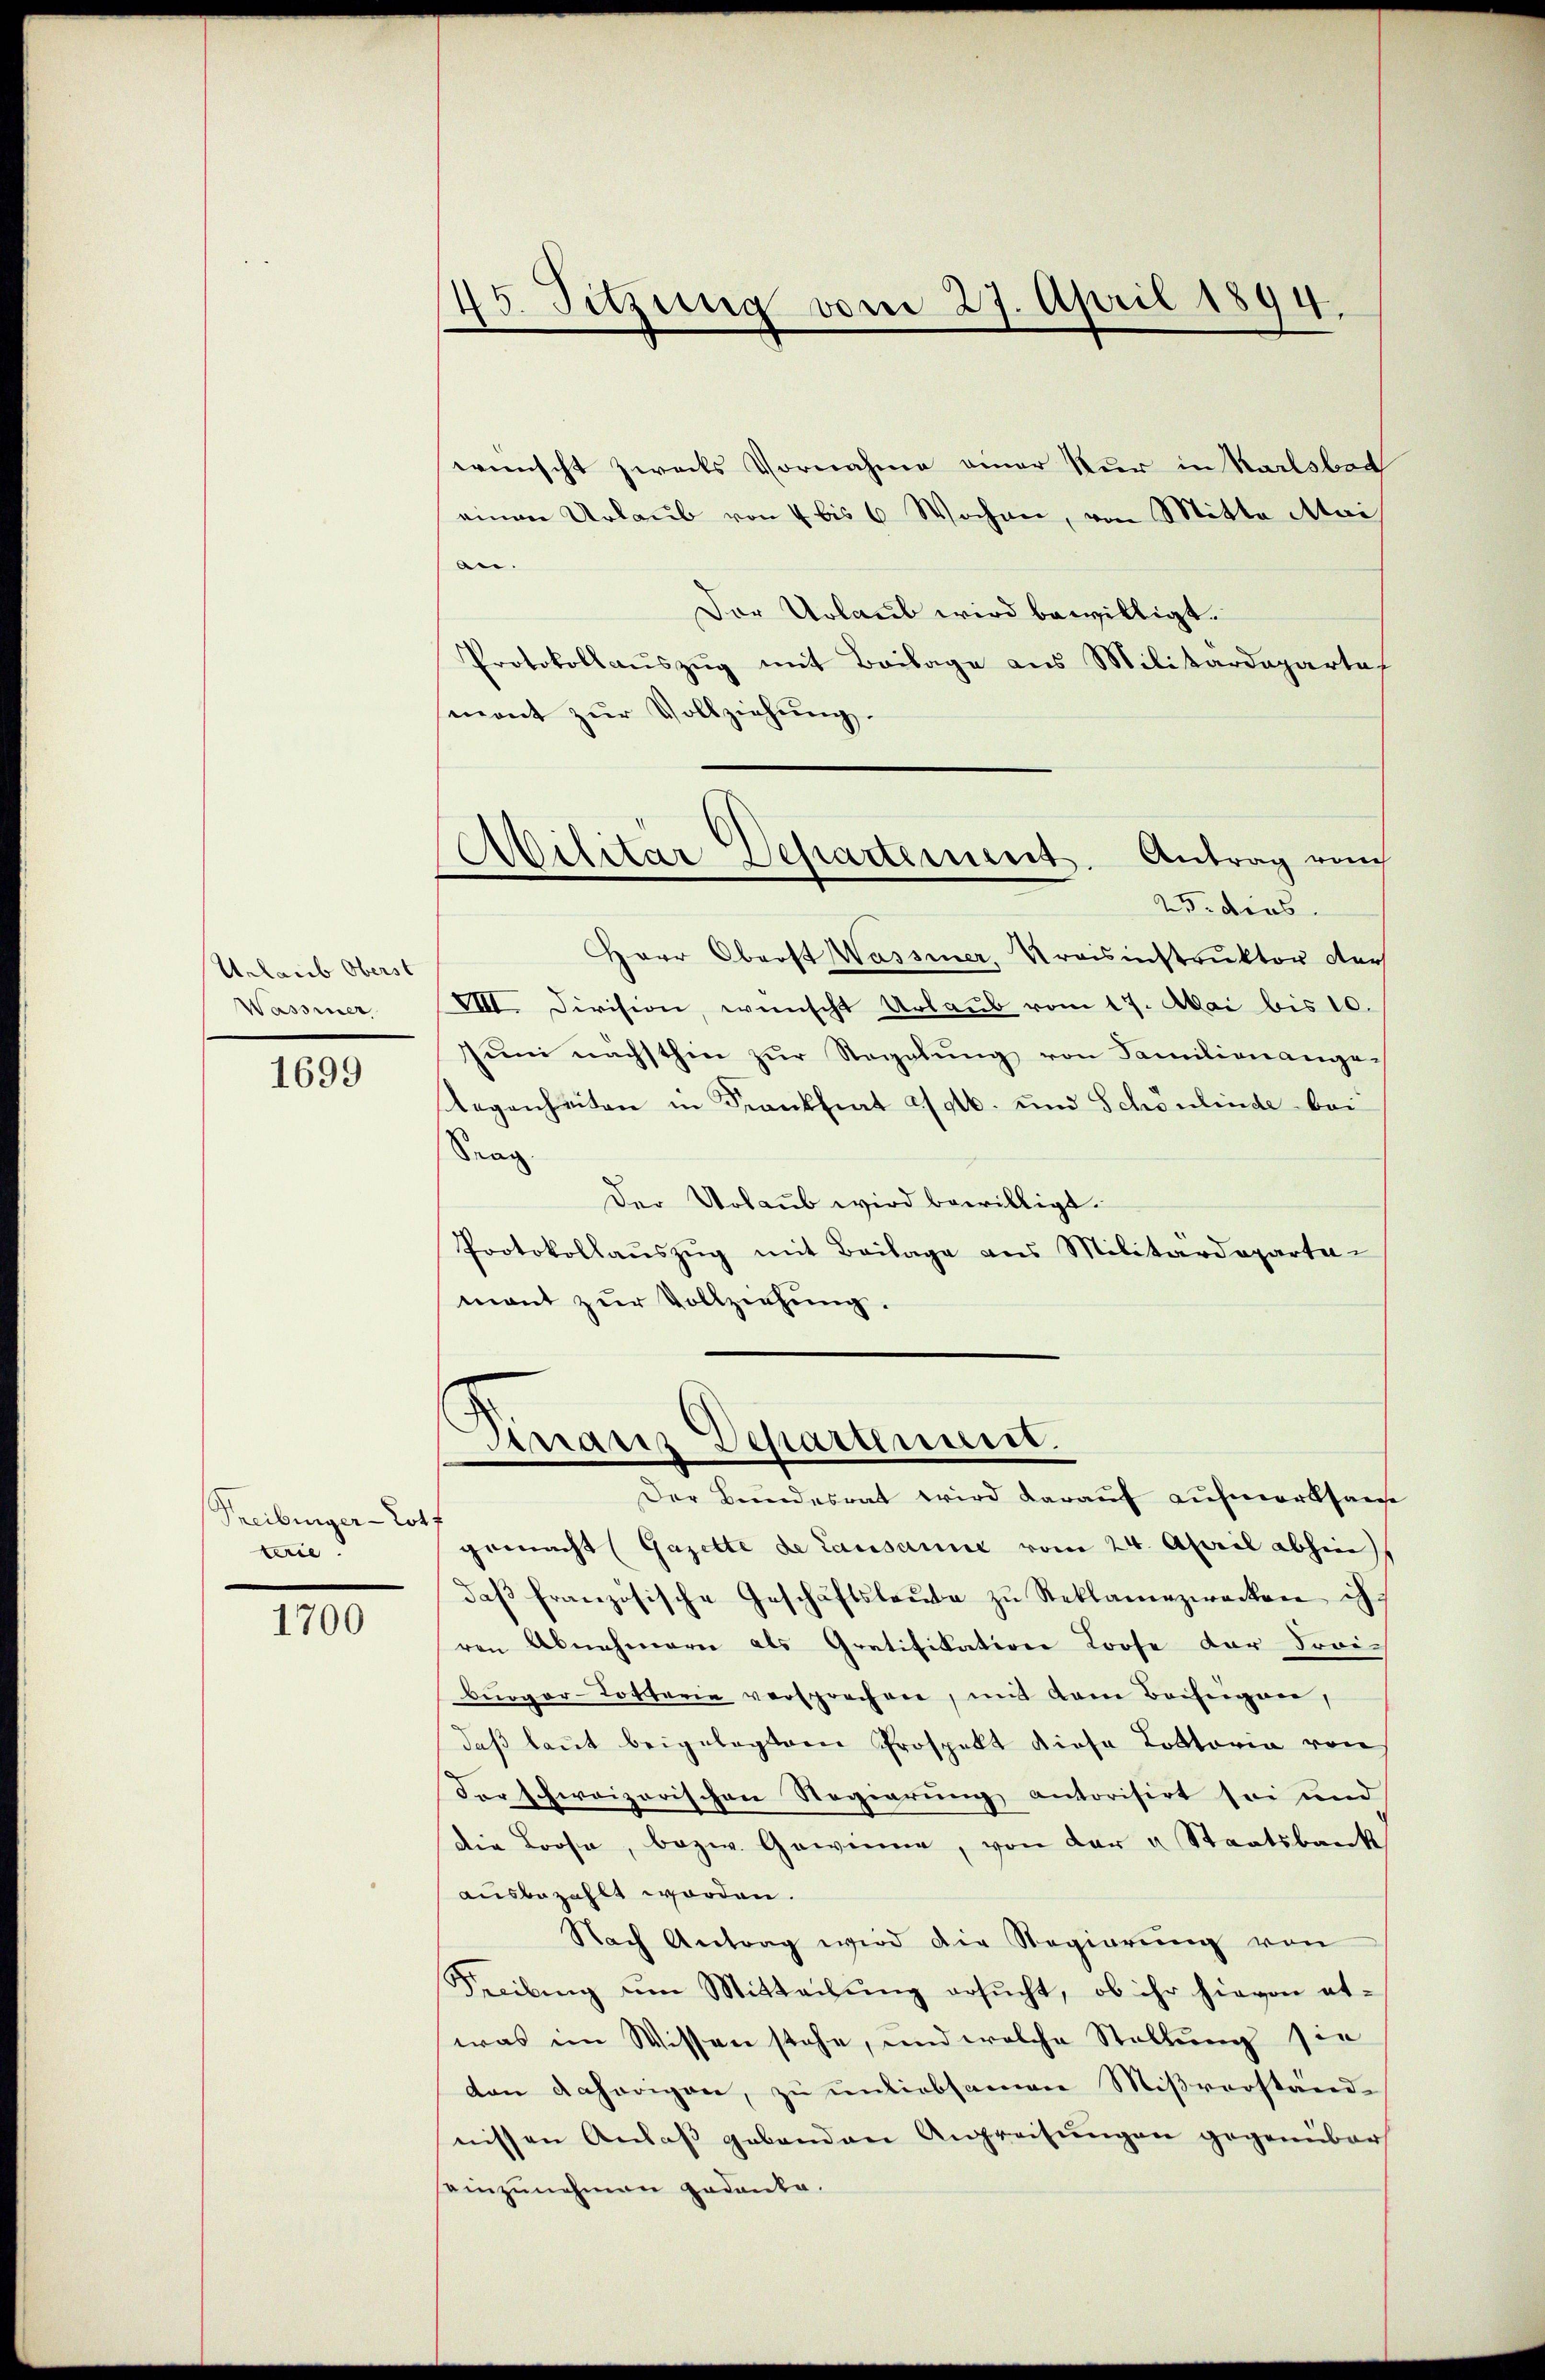
Urlaub Oberst
Wasier

1699

Treiburger-Lot
trie

1700

5 Sitzung vom 27. April 1894.
.

wünscht zwecks Vornahme einer Nur in Karlsbad
einen Urlaub von 4 bis 6 Wochen, von Mitte Mai
n.
Der Urlaub wird bewilligt.
Protokollaŭszŭg mit Beilage aus Militärdepartet
mont zŭr Vollziehŭng.
Herr Oberst Wassener, Kreisinstruktor der
VIII. Division, wünscht Urlaub vom 17. Mai bis 10.
Jŭm nächsthin zŭr Regelŭng von Familienange¬
Gegenheiten in Frankfiat 206. und Schönlinde bei
Srag
Der Urlaub wird bewilligt.
Protokollaŭszŭg mit Beilage aus Militärdeparta-
mant zur Vollziehung.

Militär
Antrag auch
Departement
25. dies

s
Finanz Departement.

Der Bundesrat wird daraŭf aŭfmerksame
gemacht (Gazette de Lausanne vom 24. April abhin
daβ französische Geschäftsleŭte zŭ Reklamezwecken ih
ren Abnehmern als Gratifikation Loose der Freiburger-Lotterie versprechen, mit dem Beiseigner,
daß laut beigelegtem Prospekt diese Lottoria von
der schweizerischen Regierung antorisirt sei und
die Brose, bezw. Gewinne, von der u Staatsbank
ausbezahlt worden.
Nach Antrag wird die Regierŭng von
Freibung um Mitteilung ersucht, ob ihr hievon etwas im Wissen stehe, und welche Stellung sie
don daherigen, zu unliebsamen Mißverständ-
nissen Anlaβ gebenden Angreifungen gegenüber
einzunehmen gedanke.